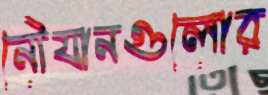
নৌযানগুলোর